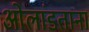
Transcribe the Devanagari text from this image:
ओलांडताना